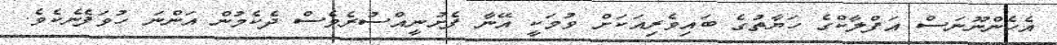
އެހެންނޫނަސް އަފްލާކްގެ ހަޔާތުގެ ބައިވެރިއަކަށް ވުމަކީ އޭނާ ފެށުނީއްސުރެވެސް ދެކެމުން އަންނަ ހުވަފެނެކެވެ.